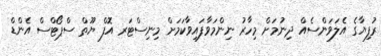
ރުފިޔާގެ އެލަވަންސެއް ދިނުމަށް މިހާރު ނިންމަވާފައިވާކަމަށް މިނިސްޓަރ އޮފް ޔޫތް ސްޕޯޓްސް އެންޑް